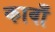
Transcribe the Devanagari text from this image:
कावाँ